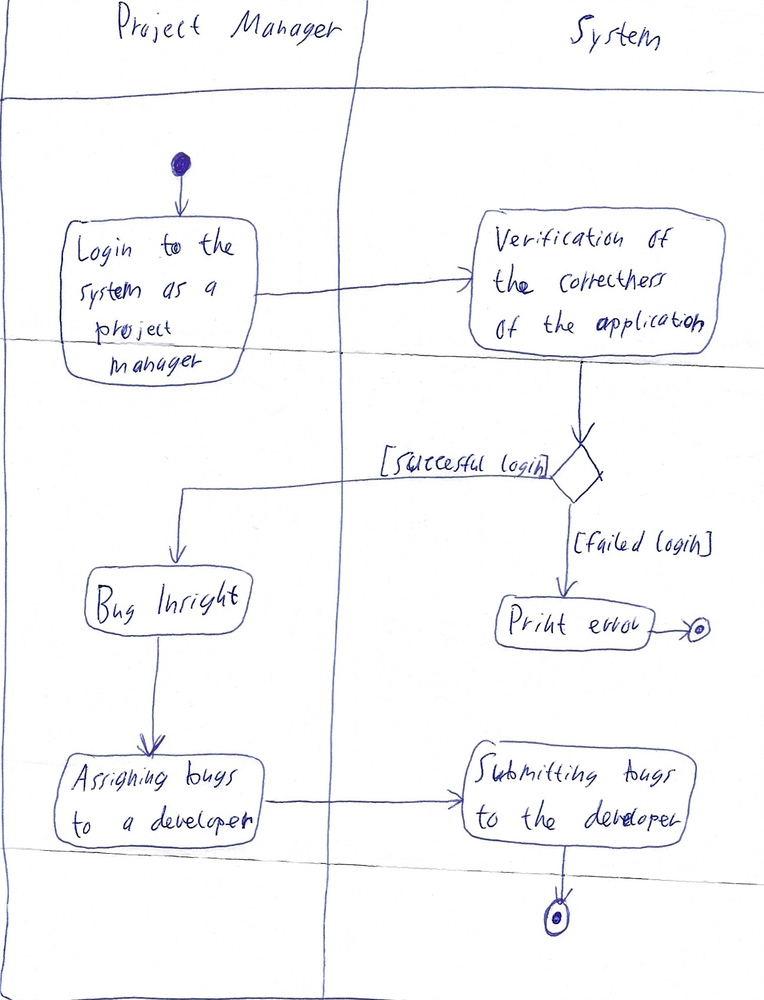
Diagram type: activity_diagram
```plantuml
@startuml

|Project Manager|

start

:Log in to the system as a project manager;

|System|

:Verification of the correctness of the application;

if () then ([succesful login])
  |Project Manager|
  :Bug Insight;
  :Assigning bugs to a developer;
  |System|
  :Submitting bugs to the developer;
  stop
else ([failed login])
  :Print error;
  stop
endif

@enduml
```